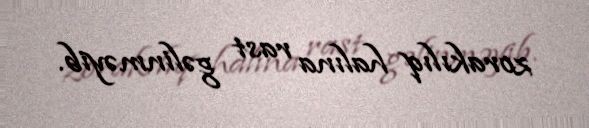
zorakılıq halına rast gəlinməyib.